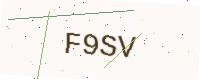
Text: F9SV